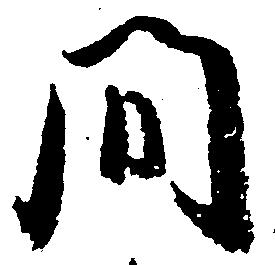
間